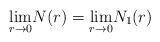
LaTeX: \begin{align*}\underset{r \to 0}{\lim} N(r)= \underset{r \to 0}{\lim} N_1(r) \end{align*}